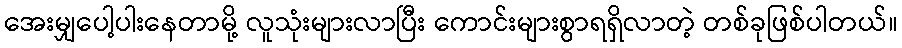
အေးမျှပေါ့ပါးနေတာမို့ လူသုံးများလာပြီး ကောင်းများစွာရရှိလာတဲ့ တစ်ခုဖြစ်ပါတယ်။